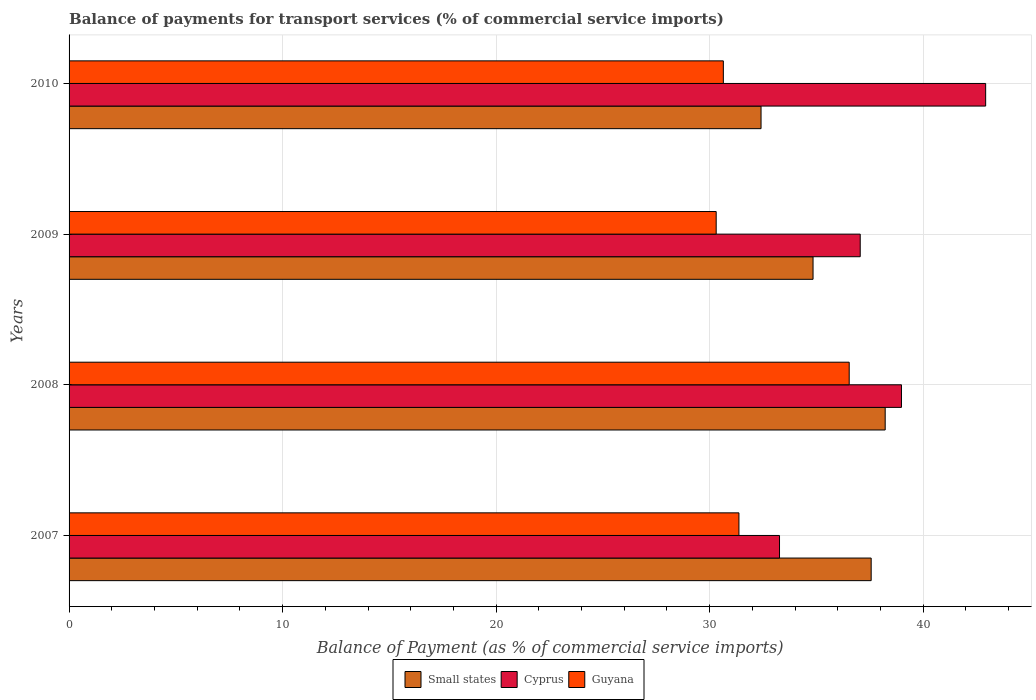
| Years | Small states | Cyprus | Guyana |
 | --- | --- | --- | --- |
 | 2007 | 37.6 | 33.3 | 31.4 |
 | 2008 | 38.2 | 39 | 36.5 |
 | 2009 | 34.8 | 37.1 | 30.3 |
 | 2010 | 32.4 | 42.9 | 30.6 |